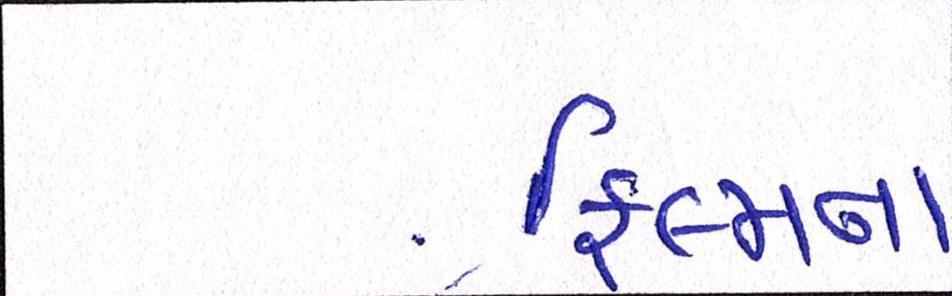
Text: ફિલ્મના